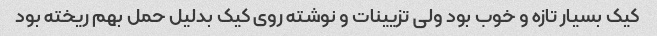
کیک بسیار تازه و خوب بود ولی تزیینات و نوشته روی کیک بدلیل حمل بهم ریخته بود